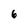
Character: 6